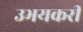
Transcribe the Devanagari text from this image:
उभयकरी